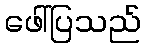
ဖေါ်ပြသည်